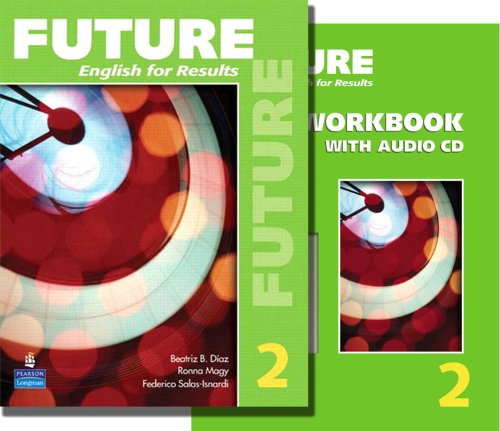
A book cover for Future 2 package: Student Book (with Practice Plus CD-ROM) and Workbook; Sarah Lynn; Reference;